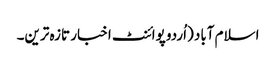
اسلام آباد (اُردو پوائنٹ اخبار تازہ ترین۔